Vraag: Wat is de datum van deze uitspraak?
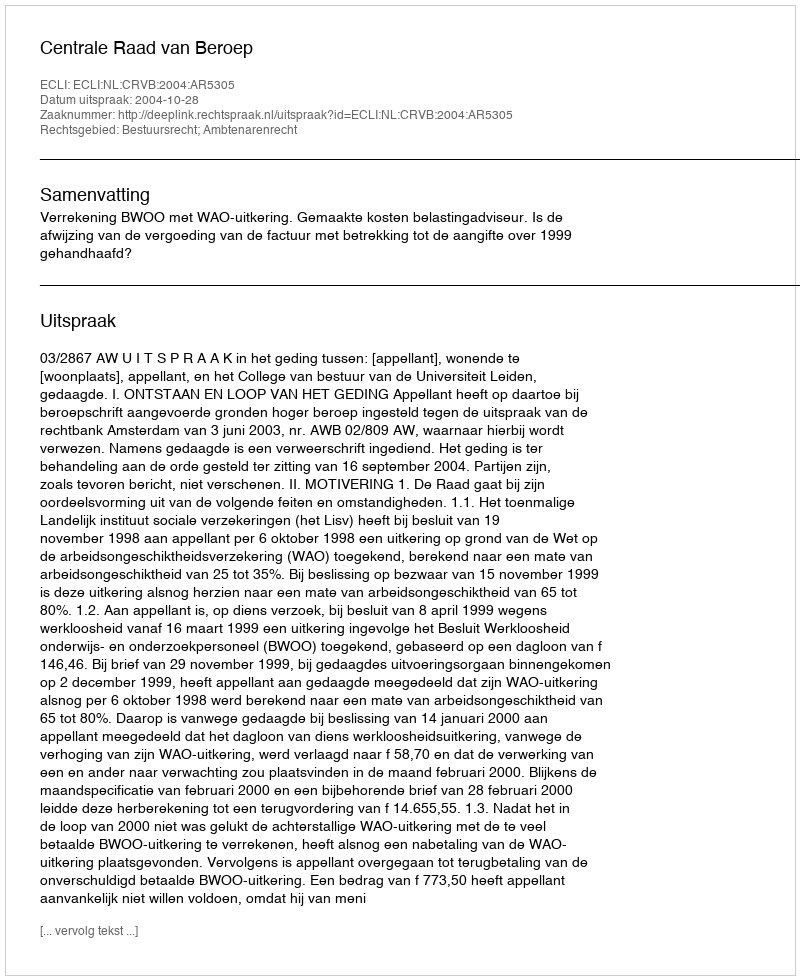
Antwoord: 2004-10-28